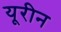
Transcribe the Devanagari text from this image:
यूरीन